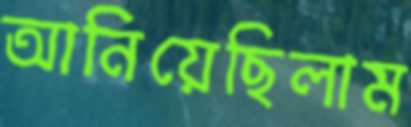
আনিয়েছিলাম